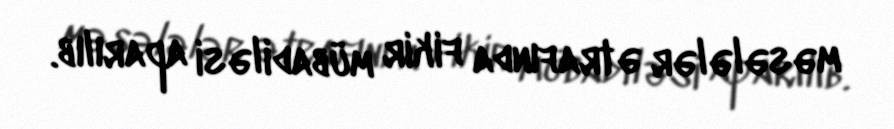
məsələlər ətrafında fikir mübadiləsi aparılıb.